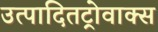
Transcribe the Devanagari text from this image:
उत्पादितट्रोवाक्स